Scottish Leaving Certificate Examination, 1955
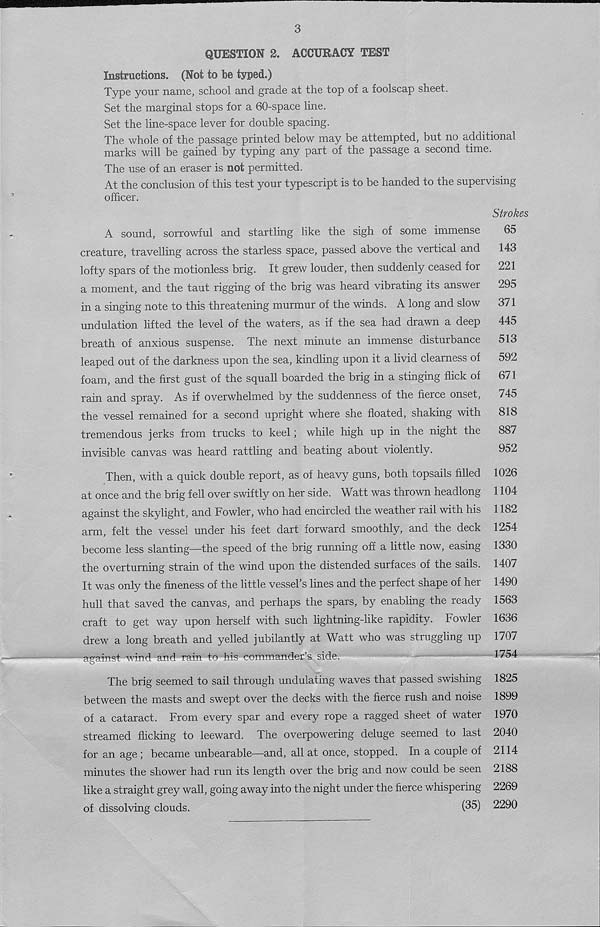
3
QUESTION 2. ACCURACY TEST
Instructions. (Not to be typed.)
Type your name, school and grade at the top of a foolscap sheet.
Set the marginal stops for a 60-space line.
Set the line-space lever for double spacing.
The whole of the passage printed below may be attempted, but no additional
marks will be gained by typing any part of the passage a second time.
The use of an eraser is not permitted.
At the conclusion of this test your typescript is to be handed to the supervising
officer.
Strokes
A sound, sorrowful and startling like the sigh of some immense
65
creature, travelling across the starless space, passed above the vertical and
143
lofty spars of the motionless brig. It grew louder, then suddenly ceased for
221
a moment, and the taut rigging of the brig was heard vibrating its answer
295
in a singing note to this threatening murmur of the winds. A long and slow
371
undulation lifted the level of the waters, as if the sea had drawn a deep
445
breath of anxious suspense. The next minute an immense disturbance
513
leaped out of the darkness upon the sea, kindling upon it a livid clearness of
592
foam, and the first gust of the squall boarded the brig in a stinging flick of
671
rain and spray. As if overwhelmed by the suddenness of the fierce onset,
745
the vessel remained for a second upright where she floated, shaking with
818
tremendous jerks from trucks to keel; while high up in the night the
887
invisible canvas was heard rattling and beating about violently.
952
Then, with a quick double report, as of heavy guns, both topsails filled 1026
at once and the brig fell over swiftly on her side. Watt was thrown headlong 1104
against the skylight, and Fowler, who had encircled the weather rail with his 1182
arm, felt the vessel under his feet dart forward smoothly, and the deck 1254
become less slanting—-the speed of the brig running off a little now, easing 1330
the overturning strain of the wind upon the distended surfaces of the sails. 1407
It was only the fineness of the little vessel’s lines and the perfect shape of her 1490
hull that saved the canvas, and perhaps the spars, by enabling the ready 1563
craft to get way upon herself with such lightning-like rapidity. Fowler 1636
drew a long breath and yelled jubilantly at Watt who was struggling up 1707
-against wind and rain to his commander’s side.
1754
The brig seemed to sail through undulating waves that passed swishing 1825
between the masts and swept over the decks with the fierce rush and noise 1899
of a cataract. From every spar and every rope a ragged sheet of water 1970
streamed flicking to leeward. The overpowering deluge seemed to last 2040
for an age; became unbearable^—and, all at once, stopped. In a couple of 2114
minutes the shower had run its length over the brig and now could be seen 2188
like a straight grey wall, going away into the night under the fierce whispering 2269
of dissolving clouds.
(35) 2290